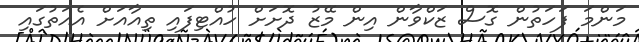
މަންމަ ފަހަތުން ގޮސް ޒަކްވާން އިން މޭޒު ދޮށަށް ހުއްޓިފައި ތިއާއަށް އެއަތުގައި